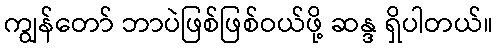
ကျွန်တော် ဘာပဲဖြစ်ဖြစ်ဝယ်ဖို့ ဆန္ဒ ရှိပါတယ်။